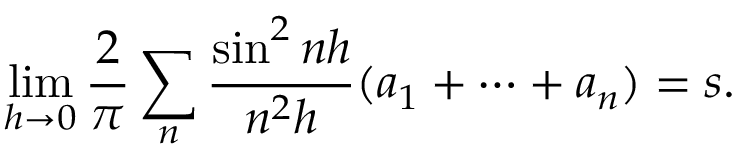
\operatorname* { l i m } _ { h \rightarrow 0 } { \frac { 2 } { \pi } } \sum _ { n } { \frac { \sin ^ { 2 } n h } { n ^ { 2 } h } } ( a _ { 1 } + \cdots + a _ { n } ) = s .